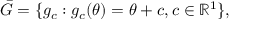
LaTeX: { \bar { G } } = \{ g _ { c } : g _ { c } ( \theta ) = \theta + c , c \in \mathbb { R } ^ { 1 } \} ,